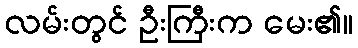
လမ်းတွင် ဦးကြီးက မေး၏။